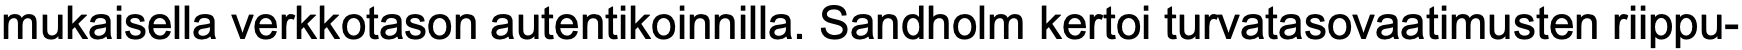
mukaisella verkkotason autentikoinnilla. Sandholm kertoi turvatasovaatimusten riippu-